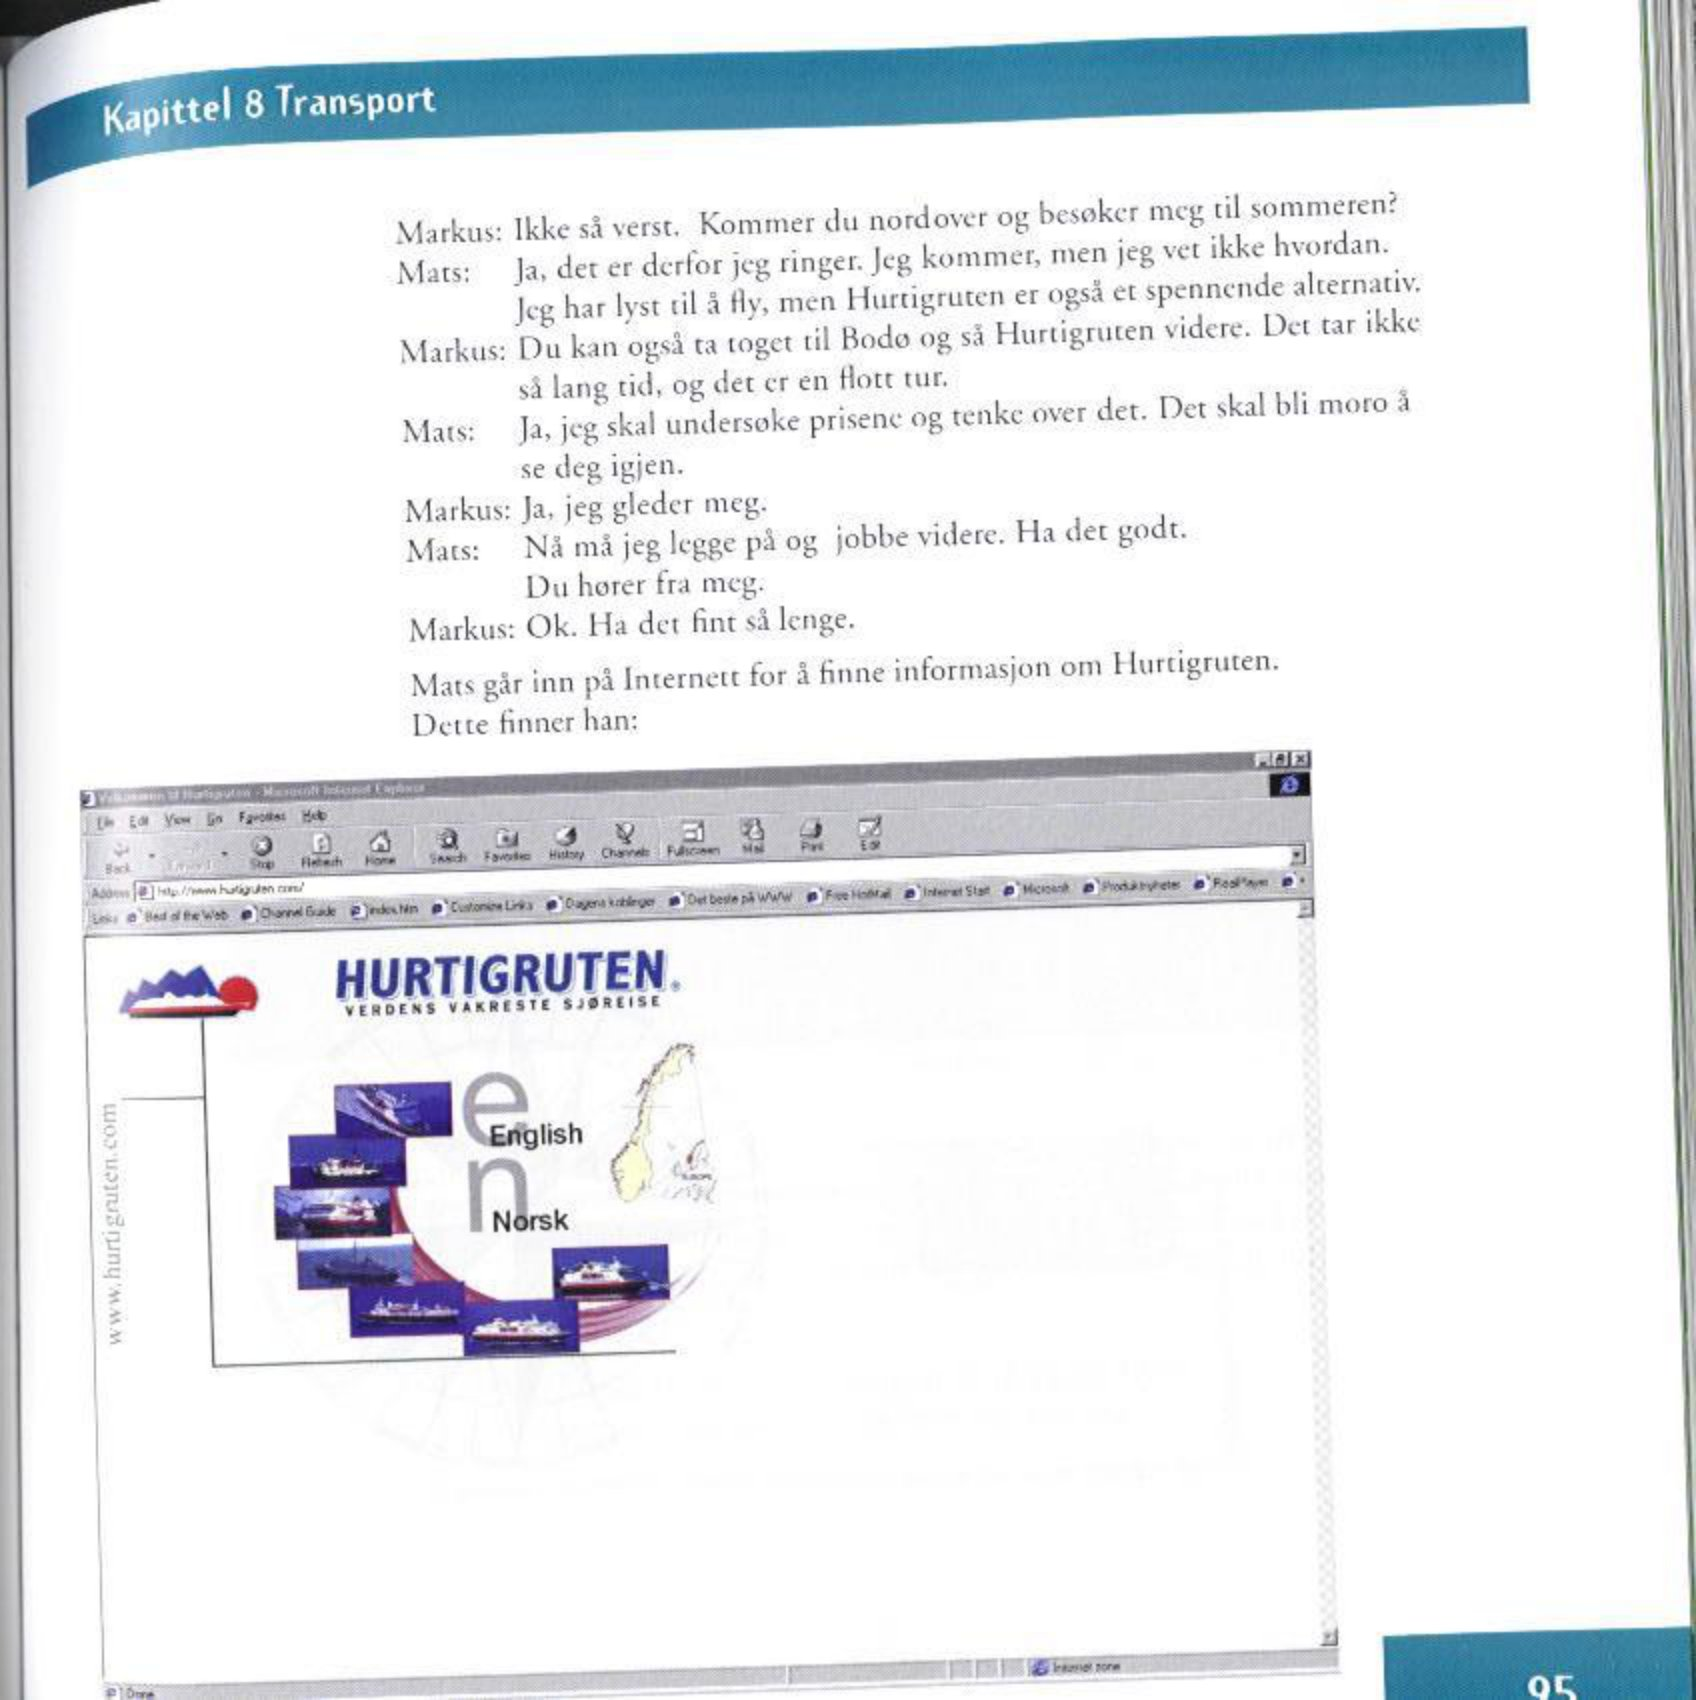
Language: no